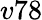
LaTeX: v78